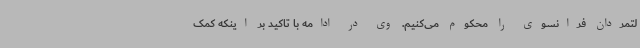
لتمردان فرانسوی را محکوم می‌کنیم. وی در ادامه با تاکید بر اینکه کمک